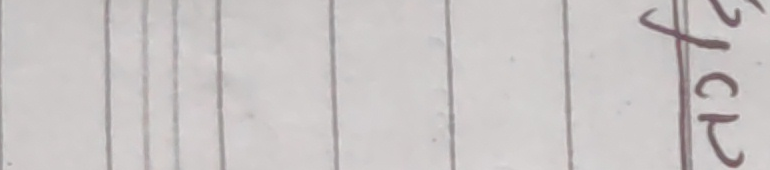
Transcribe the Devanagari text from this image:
युर